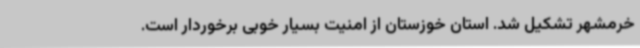
خرمشهر تشکیل شد. استان خوزستان از امنیت بسیار خوبی برخوردار است.